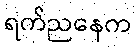
ရက်ညနေက